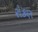
રોકણ